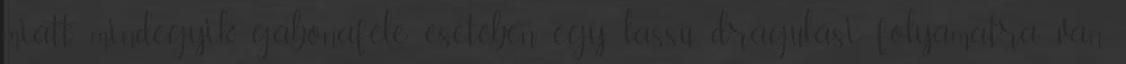
miatt mindegyik gabonaféle esetében egy lassú drágulási folyamatra van